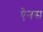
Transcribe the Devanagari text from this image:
ऐनस